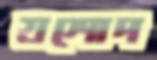
যশোদ